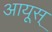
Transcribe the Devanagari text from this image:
आयूस्‌